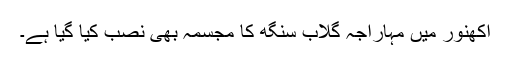
اکھنور میں مہاراجہ گلاب سنگھ کا مجسمہ بھی نصب کیا گیا ہے۔